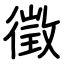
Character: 徵